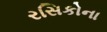
રસિકોના